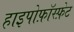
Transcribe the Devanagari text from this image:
हाइपोफ़ॉस्फ़ेट